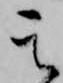
其